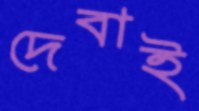
দেবাই